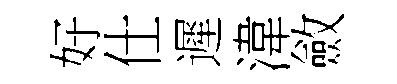
好仕遲湋斂